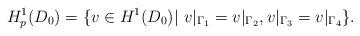
LaTeX: \begin{align*}H_p^1(D_0)=\{v\in H^1(D_0)|~v|_{\Gamma_1}=v|_{\Gamma_2},v|_{\Gamma_3}=v|_{\Gamma_4}\}.\end{align*}